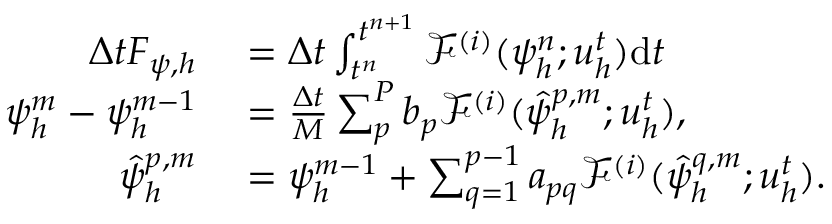
\begin{array} { r l } { \Delta t F _ { \psi , h } } & { { } = \Delta t \int _ { t ^ { n } } ^ { t ^ { n + 1 } } \mathcal { F } ^ { ( i ) } ( \psi _ { h } ^ { n } ; \boldsymbol { u } _ { h } ^ { t } ) \mathrm { d } t } \\ { \psi _ { h } ^ { m } - \psi _ { h } ^ { m - 1 } } & { { } = \frac { \Delta t } { M } \sum _ { p } ^ { P } b _ { p } \mathcal { F } ^ { ( i ) } ( \hat { \psi } _ { h } ^ { p , m } ; \boldsymbol { u } _ { h } ^ { t } ) , } \\ { \hat { \psi } _ { h } ^ { p , m } } & { { } = \psi _ { h } ^ { m - 1 } + \sum _ { q = 1 } ^ { p - 1 } a _ { p q } \mathcal { F } ^ { ( i ) } ( \hat { \psi } _ { h } ^ { q , m } ; \boldsymbol { u } _ { h } ^ { t } ) . } \end{array}